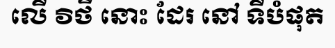
លើ វិថី នោះ ដែរ នៅ ទីបំផុត